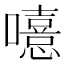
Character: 𡃨